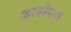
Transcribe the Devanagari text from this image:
कार्बोनारा